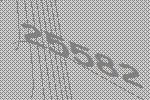
25582